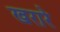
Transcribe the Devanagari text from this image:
खरारे